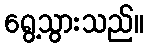
ရွေ့သွားသည်။